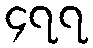
၄၇၇